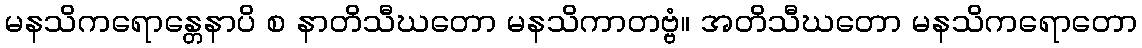
မနသိကရောန္တေနာပိ စ နာတိသီဃတော မနသိကာတဗ္ဗံ။ အတိသီဃတော မနသိကရောတော